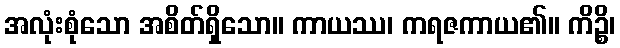
အလုံးစုံသော အစိတ်ရှိသော။ ကာယဿ၊ ကရဇကာယ၏။ ကိဉ္စိ၊